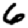
Digit: 6